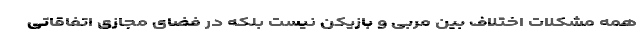
همه مشکلات اختلاف بین مربی و بازیکن نیست بلکه در فضای مجازی اتفاقاتی